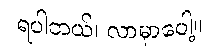
ရပါတယ်၊ လာမှာပေါ့။